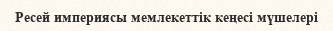
Ресей империясы мемлекеттік кеңесі мүшелері